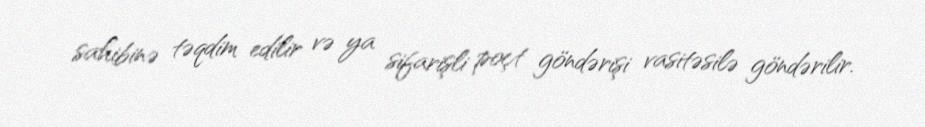
sahibinə təqdim edilir və ya sifarişli poçt göndərişi vasitəsilə göndərilir.